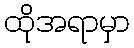
ထိုအရာမှာ